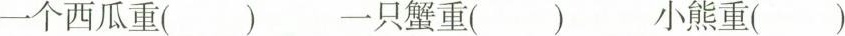
一个西瓜重（） 一只蟹重（） 小熊重（）